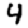
Digit: 4